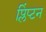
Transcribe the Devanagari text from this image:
प्लिंप्टन